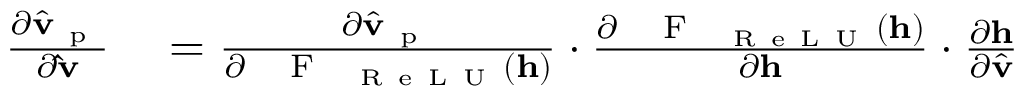
\begin{array} { r l } { \frac { \partial \hat { \mathbf { v } } _ { \mathrm { ~ p ~ } } } { \partial \mathbf { \hat { v } } } } & { { } = \frac { \partial \hat { \mathbf { v } } _ { \mathrm { ~ p ~ } } } { \partial \mathrm { ~ \textbf ~ { ~ F ~ } ~ } _ { \mathrm { ~ R ~ e ~ L ~ U ~ } } ( \mathbf { h } ) } \cdot \frac { \partial \mathrm { ~ \textbf ~ { ~ F ~ } ~ } _ { \mathrm { ~ R ~ e ~ L ~ U ~ } } ( \mathbf { h } ) } { \partial \mathbf { h } } \cdot \frac { \partial \mathbf { h } } { \partial \hat { \mathbf { v } } } } \end{array}